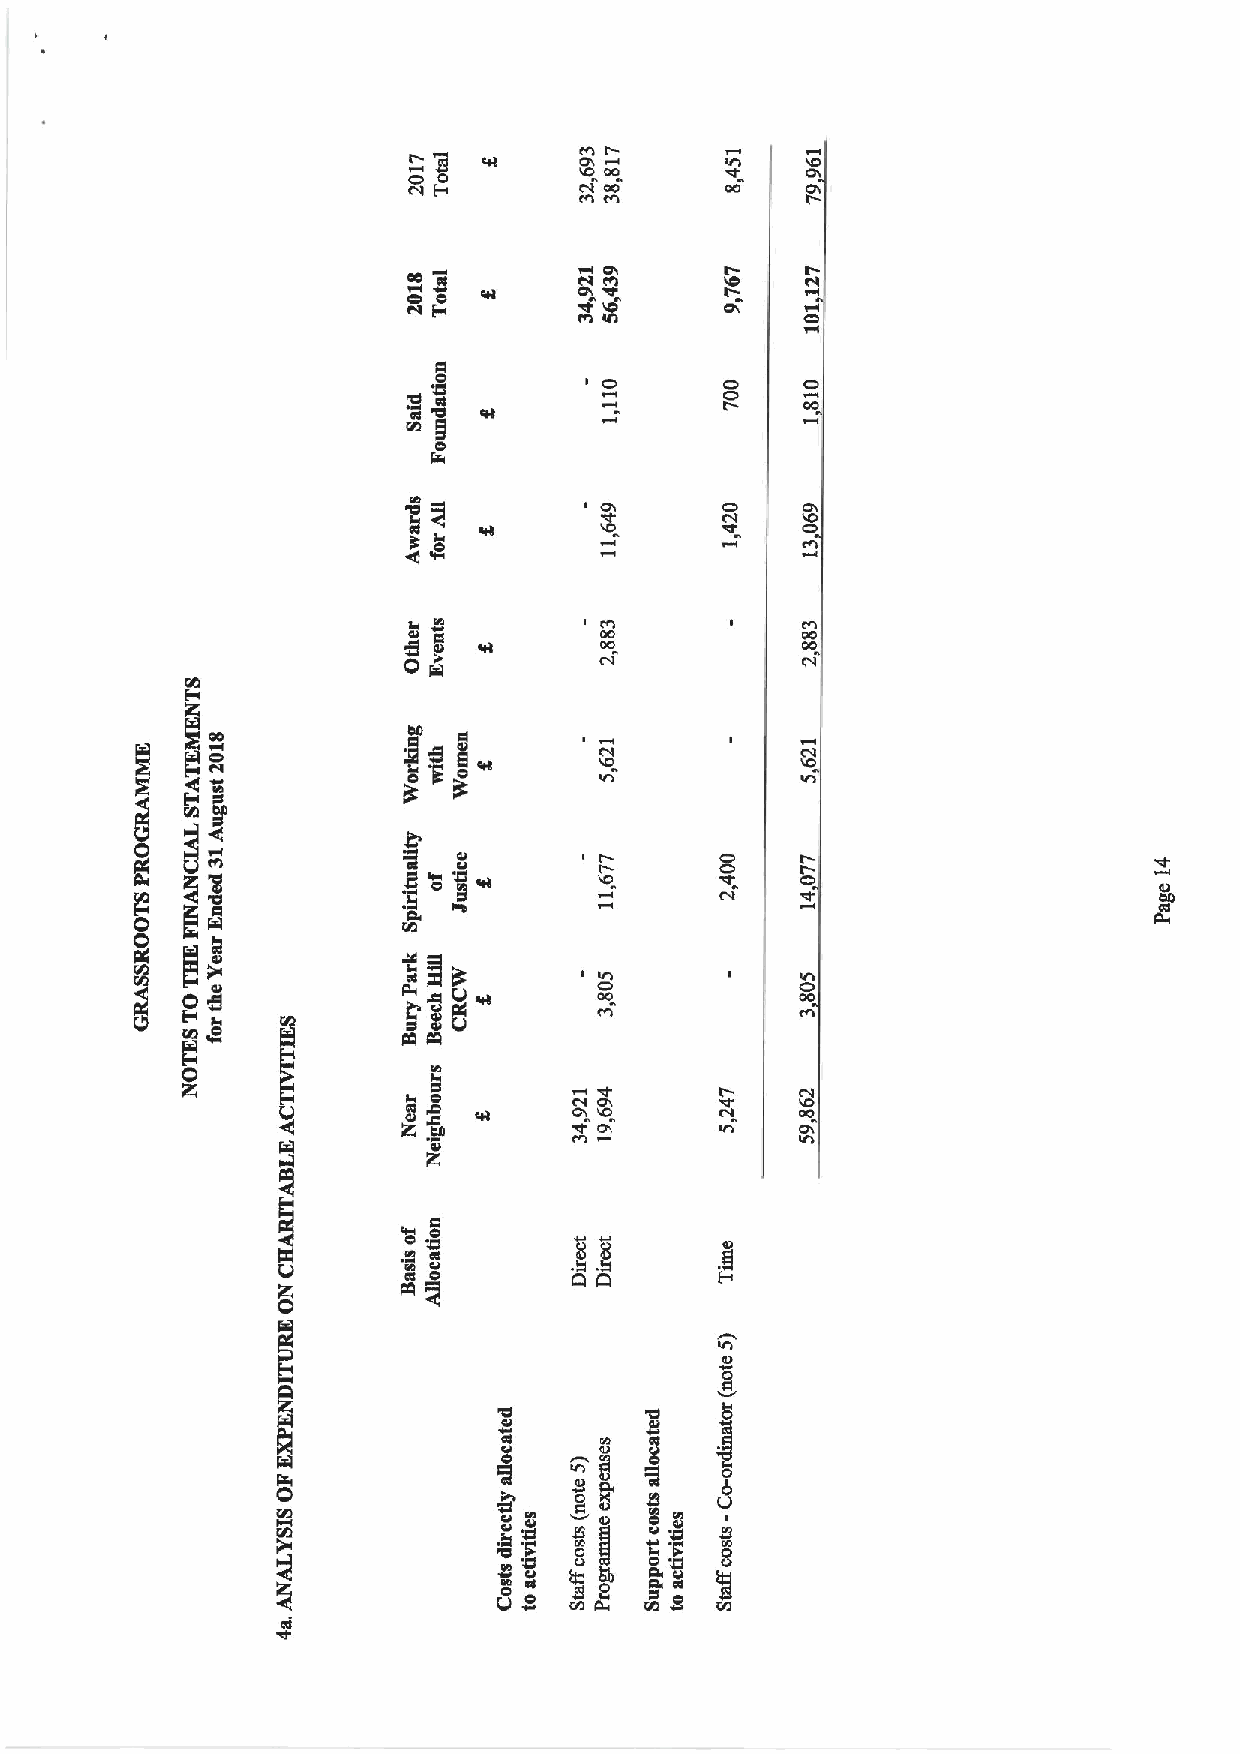
mC
 IC!   0I w
 OO
 P4 H         OD
 a
 0!
 QQ
 CI0
 CC
 CC [2      ~C
 0
 C0
 4                  C0   00
 m    4N
 Ce g
 0
 CV
 'IO
 e:j~
 CD
 I I@I
 C0
 CO
 0          0I
 C0C!
 CV
 'Ct 0I    II!
 0 N
 lm Q